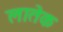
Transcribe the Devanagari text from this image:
लातेक